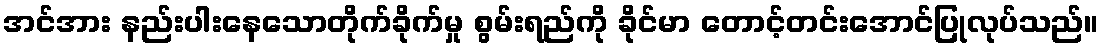
အင်အား နည်းပါးနေသောတိုက်ခိုက်မှု စွမ်းရည်ကို ခိုင်မာ တောင့်တင်းအောင်ပြုလုပ်သည်။